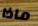
ماذا